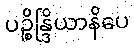
ပဉ္စိန္ဒြိယာနိပေ